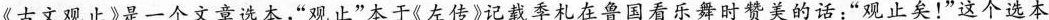
《古文观止》是一个文章选本，”观止”本于《左传》记载季札在鲁国看乐舞时赞美的话：”观止矣！”这个选本